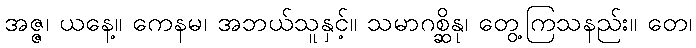
အဇ္ဇ၊ ယနေ့။ ကေနမ၊ အဘယ်သူနှင့်။ သမာဂစ္ဆိနု၊ တွေ့ကြသနည်း။ တေ၊